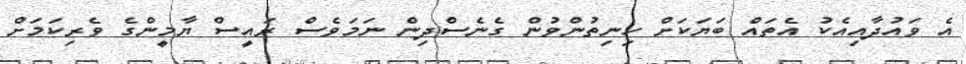
އެ ވައުދާއިއެކު އެތައް ބަޔަކަށް ހިނިތުންވުން ގެނެސްދިން ނަމަވެސް ރައީސް ޔާމީންގެ ވެރިކަމަށް